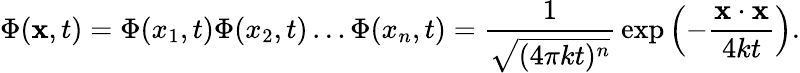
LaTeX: \Phi(\mathbf{x},t)=\Phi(x_{1},t)\Phi(x_{2},t)\dots\Phi(x_{n},t)={\frac{1}{\sqrt{(4\pi kt)^{n}}}}\exp\left(-{\frac{\mathbf{x}\cdot\mathbf{x}}{4kt}}\right).